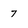
Character: 7